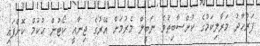
ފަރުހާދު މަރާލިކަމުގެ ކުށްސާބިތުވެ ނަބީލް މެރުމަށް އޭރުގެ ޖިނާއީ ކޯޓުން ޙުކުމް ކޮށްފައި